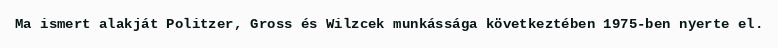
Ma ismert alakját Politzer, Gross és Wilzcek munkássága következtében 1975-ben nyerte el.